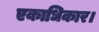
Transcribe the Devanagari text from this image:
एकाधिकार।